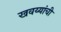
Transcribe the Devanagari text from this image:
खवय्यांची